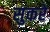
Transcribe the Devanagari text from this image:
सुकरे